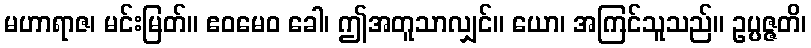
မဟာရာဇ၊ မင်းမြတ်။ ဧဝမေဝ ခေါ၊ ဤအတူသာလျှင်။ ယော၊ အကြင်သူသည်။ ဥပ္ပဇ္ဇတိ၊